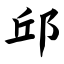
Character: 邱